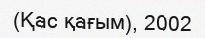
(Қас қағым), 2002